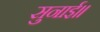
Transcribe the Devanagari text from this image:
सुनाई॥